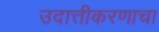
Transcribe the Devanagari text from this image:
उदात्तीकरणाचा